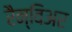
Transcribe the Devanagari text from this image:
रैन्विअर